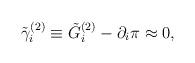
LaTeX: \begin{align*}\tilde \gamma _i^{(2)}\equiv \tilde G_i^{(2)}-\partial _i\pi\approx 0,\end{align*}